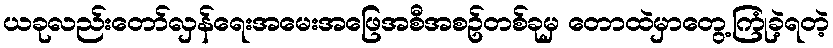
ယခုလည်းတော်လှန်ရေးအမေးအဖြေအစီအစဥ်တစ်ခုမှ တောထဲမှာတွေ့ကြုံခဲ့ရတဲ့